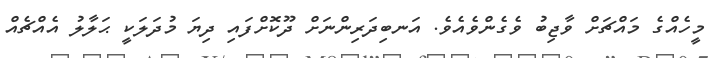
މީހެއްގެ މައްޗަށް ވާޖިބު ވެގެންވެއެވެ. އަނބިދަރިންނަށް ދޫކޮށްފައި ދިޔަ މުދަލަކީ ޙަލާލު އެއްޗެއް